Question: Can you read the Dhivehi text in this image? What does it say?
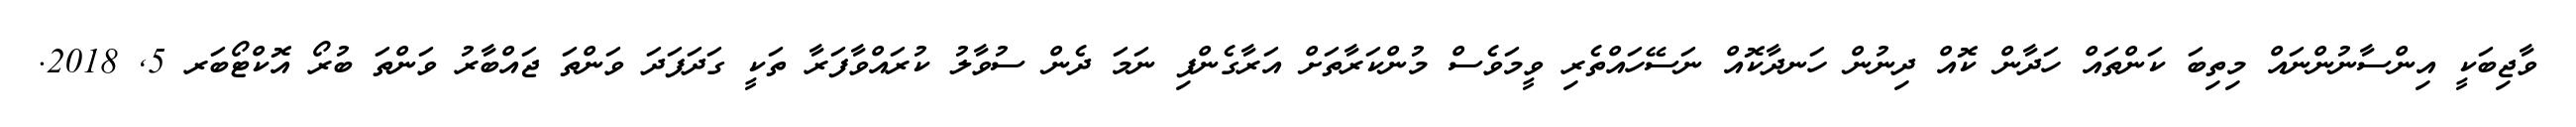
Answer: ވާޖިބަކީ އިންސާނުންނައް މިތިބަ ކަންތައް ހަދާން ކޮއް ދިނުން ހަނދާކޮއް ނަސޭހައްތެރި ވީމަވެސް މުންކަރާތަށް އަރާގެންފި ނަމަ ދެން ސުވާލު ކުރައްވާފަރާ ތަކީ ގަދަފަދަ ވަންތަ ޖައްބާރު ވަންތަ ބުރޯ އޮކްޓޯބަރ 5, 2018.